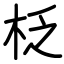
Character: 柉